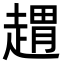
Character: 𧼫